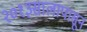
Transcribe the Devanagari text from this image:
२०१३सालापासून